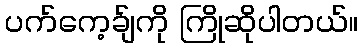
ပက်ကေ့ခ်ျကို ကြိုဆိုပါတယ်။